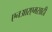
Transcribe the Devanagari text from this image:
एनआरएमसाठी